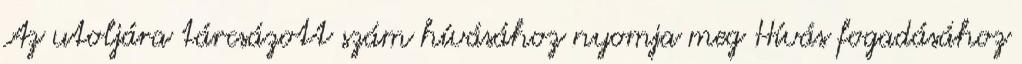
Az utoljára tárcsázott szám hívásához nyomja meg Hívás fogadásához